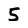
Character: 5